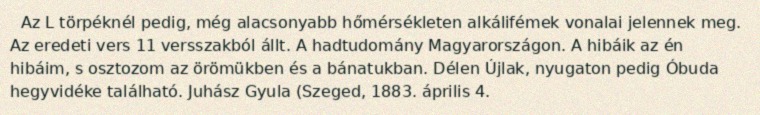
Az L törpéknél pedig, még alacsonyabb hőmérsékleten alkálifémek vonalai jelennek meg. Az eredeti vers 11 versszakból állt. A hadtudomány Magyarországon. A hibáik az én hibáim, s osztozom az örömükben és a bánatukban. Délen Újlak, nyugaton pedig Óbuda hegyvidéke található. Juhász Gyula (Szeged, 1883. április 4.